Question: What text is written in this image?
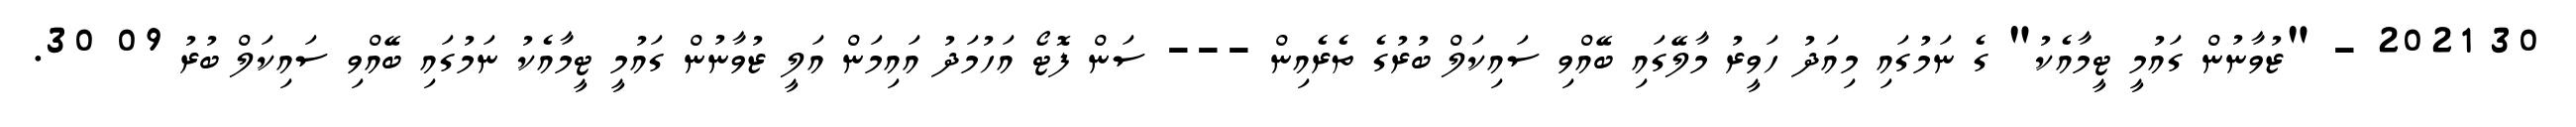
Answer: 30 2021 - "ޒުވާނުން ގައުމީ ޓީމާއެކު" ގެ ނަމުގައި މިއަދު ހަވީރު މާލޭގައި ބޭއްވި ސައިކަލް ބުރުގެ ތެރެއިން --- ސަން ފޮޓޯ އަހުމަދު އައިމަން އަލީ ޒުވާނުން ގައުމީ ޓީމާއެކު ނަމުގައި ބޭއްވި ސައިކަލް ބުރު 09 30.